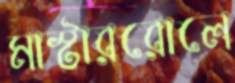
মাস্টাররোলে